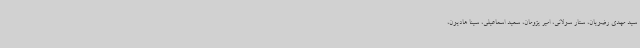
سید مهدی رضویان، ستار سولانی، امیر پژومان، سعید اسماعیلی، سینا هادیون،